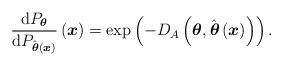
LaTeX: \begin{align*}\frac{\mathrm{d}P_{\boldsymbol{\theta}}}{\mathrm{d}P_{\hat{\boldsymbol{\theta}}\left(\boldsymbol{x}\right)}}\left(\boldsymbol{x}\right)=\exp\left(-D_{A}\left(\boldsymbol{\theta},\hat{\boldsymbol{\theta}}\left(\boldsymbol{x}\right)\right)\right).\end{align*}